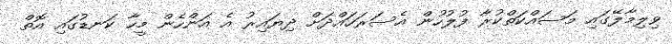
ވިލިމާލޭގައި މަސައްކަތްކުރާ ފުލުހުން އެސަރަހައްދަށް ދިޔައިރު އެ އަންހެން މީހާ ކަނޑުގައި އޮތް